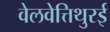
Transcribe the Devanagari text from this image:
वेलवेत्तिथुरई